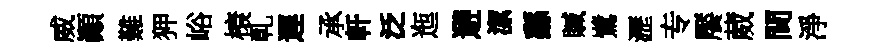
威顚難狎峪榱乹遲承軒泛迤避潔繇贓鷺瀝专饜葳間淨